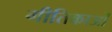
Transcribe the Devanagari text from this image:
गीतिकाओं